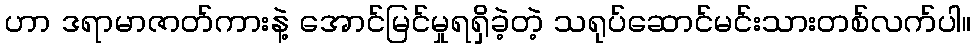
ဟာ ဒရာမာဇာတ်ကားနဲ့ အောင်မြင်မှုရရှိခဲ့တဲ့ သရုပ်ဆောင်မင်းသားတစ်လက်ပါ။